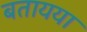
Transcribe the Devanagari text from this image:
बतायया